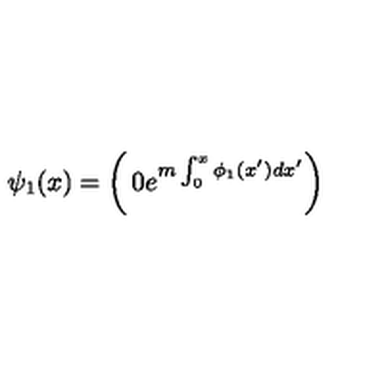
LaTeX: \psi _ { 1 } ( x ) = \left( \begin{matrix} { 0 } \\ { e ^ { m \int _ { 0 } ^ { x } \phi _ { 1 } ( x ^ { \prime } ) d x ^ { \prime } } } \\ \end{matrix} \right)